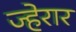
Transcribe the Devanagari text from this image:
ज्हेरार